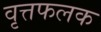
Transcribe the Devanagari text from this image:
वृत्तफलक